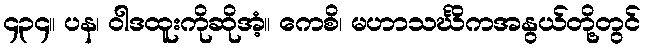
၄၃၄။ ပန၊ ဝါဒထူးကိုဆိုအံ့။ ကေစိ၊ မဟာသင်္ဃိကအနွယ်တို့တွင်